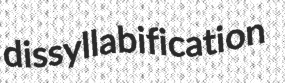
dissyllabification